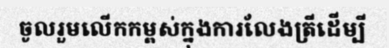
ចូលរួមលើកកម្ពស់ក្នុងការលែងត្រីដើម្បី